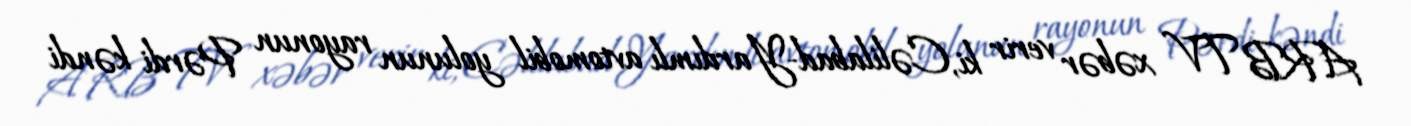
ARB TV xəbər verir ki, Cəlilabad-Yardımlı avtomobil yolunun rayonun Pərdi kəndi